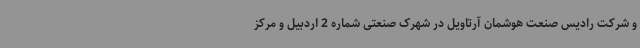
و شرکت رادیس صنعت هوشمان آرتاویل در شهرک صنعتی شماره 2 اردبیل و مرکز